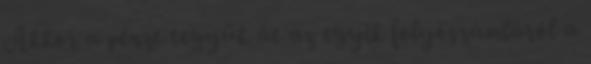
Akkor a pénzt tegyük át az egyik folyószámláról a